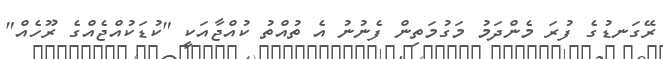
ރޭގަނޑުގެ ފުރަ މެންދަމު މަގުމަތިން ފެނުނު އެ ތުއްތު ކުއްޖާއަކީ "ކުޑަކުއްޖެއްގެ ރޫހެއް"